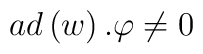
ad\left( w\right) .\varphi \neq 0